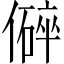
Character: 𪝬